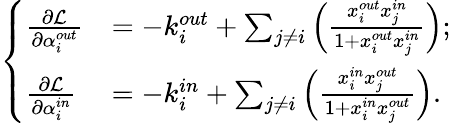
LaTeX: \left\{ \begin{array}{ll}{\frac{\partial\mathcal{L}}{\partial\alpha_{i}^{out}}}&{=-k_{i}^{out}+\sum_{j\neq i}\left(\frac{x_{i}^{out}x_{j}^{in}}{1+x_{i}^{out}x_{j}^{in}}\right);}\\ {\frac{\partial\mathcal{L}}{\partial\alpha_{i}^{in}}}&{=-k_{i}^{in}+\sum_{j\neq i}\left(\frac{x_{i}^{in}x_{j}^{out}}{1+x_{i}^{in}x_{j}^{out}}\right).}\end{array}\right.